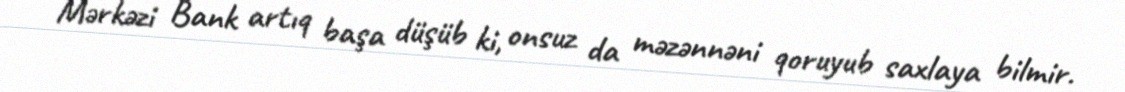
Mərkəzi Bank artıq başa düşüb ki, onsuz da məzənnəni qoruyub saxlaya bilmir.